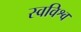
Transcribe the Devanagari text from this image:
स्वविश्व